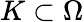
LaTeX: K\subset\Omega